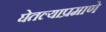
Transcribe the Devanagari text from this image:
घेतल्याप्रमाणे